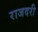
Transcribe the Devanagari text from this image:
राजदरी